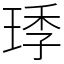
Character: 㻑